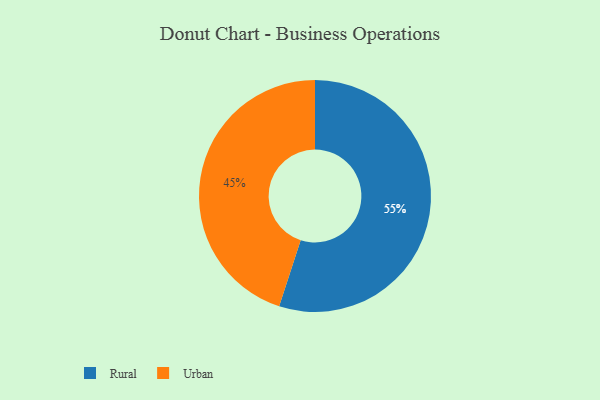
{"axis": {"x": "Category", "y": "Percentage"}, "legend": ["Rural", "Urban"], "data": [{"x": "Rural", "y": 55, "type": "Rural"}, {"x": "Urban", "y": 45, "type": "Urban"}]}